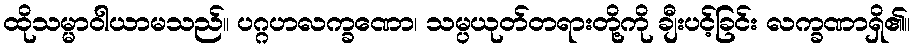
ထိုသမ္မာဝါယာမသည်။ ပဂ္ဂဟလက္ခဏော၊ သမ္ပယုတ်တရားတို့ကို ချီးပင့်ခြင်း လက္ခဏာရှိ၏။